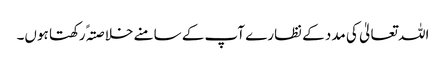
اللہ تعالیٰ کی مدد کے نظارے آپ کے سامنے خلاصتہً رکھتا ہوں۔